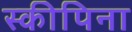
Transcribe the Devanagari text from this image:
स्कीपिना